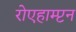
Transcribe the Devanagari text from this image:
रोएहाम्प्टन